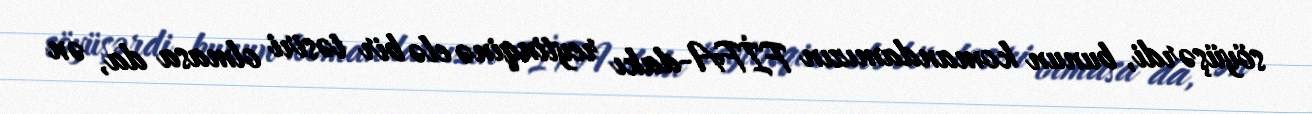
söyüşərdi, bunun komandamızın FİFA-dakı reytinqinə elə bir təsiri olmasa da, ən